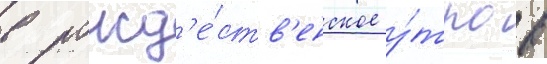
в рожд'е́ств'енское у́тро в